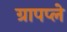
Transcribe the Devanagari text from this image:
ग्रापप्ले